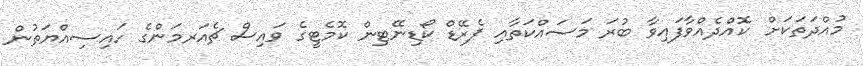
މުއްދަތަކަށް  ކޮއްދެއްވާފައިވާ ބުރަ މަސައްކަތާއި ޕެރޭޑް ކޯޑިނޭޓިން ކޮމެޓީގެ ވައިސް ޗެއަރމަންގެ ހައިސިއްޔަތުން